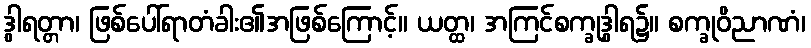
ဒွါရတ္တာ၊ ဖြစ်ပေါ်ရာတံခါး၏အဖြစ်ကြောင့်။ ယတ္ထ၊ အကြင်စက္ခုဒွါရ၌။ စက္ခုဝိညာဏံ၊